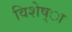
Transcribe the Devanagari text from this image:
विशेष्ा